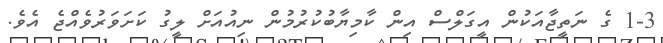
1-3 ގެ ނަތީޖާއަކުން އީގަލްސް އިން ކާމިޔާބުކުރުމުން ނިއުއަށް ލީގު ކަށަވަރުވެއްޖެ އެވެ.